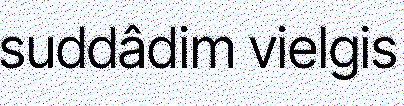
suddâdim vielgis